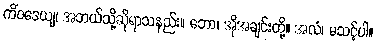
ကိံဝဒေယျ၊ အဘယ်သို့ဆိုရာသနည်း။ ဘော၊ အိုအချင်းတို့။ အလံ၊ မသင့်ပါ။